Report of the King Institute of Preventive Medicine, Guindy
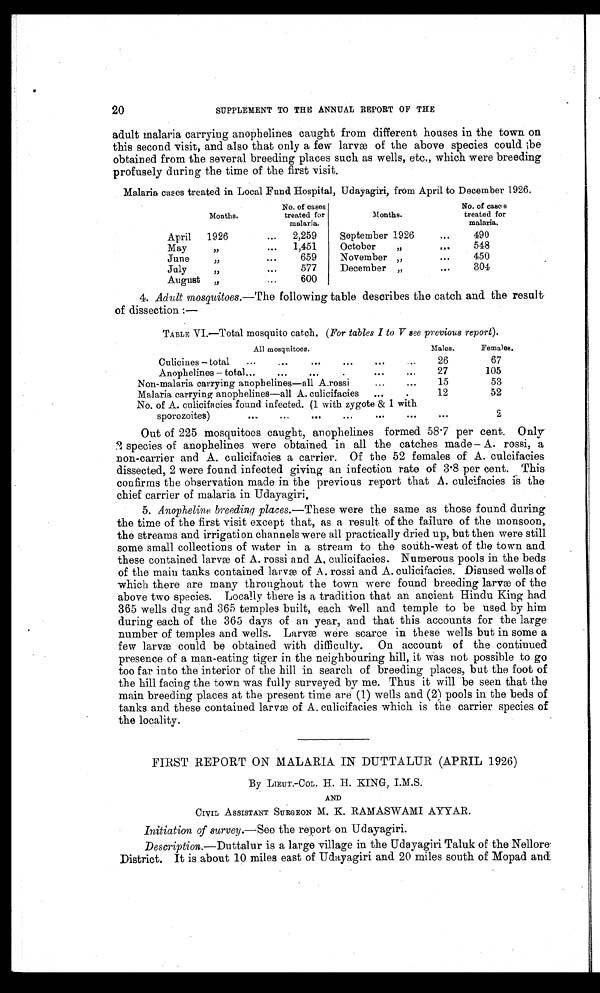
20
SUPPLEMENT TO THE ANNUAL REPORT OF THE
adult malaria carrying anophelines caught from different houses in the town on
this second visit, and also that only a few larvæ of the above species could be
obtained from the several breeding places such as wells, etc., which were breeding
profusely during the time of the first visit.
Malaria cases treated in Local Fund Hospital, Udayagiri, from April to December 1926.
M o n t h s .
No. of cases
treated for
malaria.
Months.
No. of cases
treated for
malaria.
April
1926
...
2,259
September 1926
...
490
May
"
...
1,451
October
"
...
548
June
"
...
659
November "
...
450
July
"
...
577
December
"
...
304
August
"
...
600
4. Adult mosquitoes.—The following table describes the catch and the result.
of dissection :—
TABLE VI.—Total mosquito catch. (For tables I to V s ee previous report).
All mosquitoes.
Males.
Females.
Culicines – total
...
...
...
...
. . .
26
67
Anophelines – total
...
...
... ... ...
27
105
Non-malaria carrying anophelines—all A.rossi
...
...
15
53
Malaria carrying anophelines—all A. culicifacies
...
12
52
No. of A. culicifacies found infected. (1 with zygote & 1 with
sporozoites)
...
...
...
...
...
...
. . .
2
Out of 225 mosquitoes caught, anophelines formed 58.7 per cent. Only
2 species of anophelines were obtained in all the catches made – A. rossi, a
non-carrier and A. culicifacies a carrier. Of the 52 females of A. culcifacies
dissected, 2 were found infected giving an infection rate of 3.8 per cent. This
confirms the observation made in the previous report that A. culcifacies is the
chief carrier of malaria in Udayagiri.
5. Anopheline breeding places.— These were the same as those found during
the time of the first visit except that, as a result of the failure of the monsoon,
the streams and irrigation channels were all practically dried up, but then were still
some small collections of water in a stream to the south-west of the town and
these contained larvæ of A. rossi and A. culicifacies. Numerous pools in the beds
of the main tanks contained larvæ of A. rossi and A. culicifacies. Disused wells of
which there are many throughout the town were found breeding larvæ of the
above two species. Locally there is a tradition that an ancient Hindu King had
365 wells dug and 365 temples built, each well and temple to be used by him
during each of the 365 days of an year, and that this accounts for the large
number of temples and wells. Larvæ were scarce in these wells but in some a
few larvæ could be obtained with difficulty. On account of the continued
presence of a man-eating tiger in the neighbouring hill, it was not possible to go
too far into the interior of the hill in search of breeding places, but the foot of
the hill facing the town was fully surveyed by me. Thus it will be seen that the
main breeding places at the present time are (1) wells and (2) pools in the beds of
tanks and these contained larvæ of A. culicifacies which is the carrier species of
the locality.
FIRST REPORT ON MALARIA IN DUTTALUR (APRIL 1926)
By LIEUT.-COL. H. H. KING, I.M.S.
AND
CIVIL ASSISTANT SURGEON M. K. RAMASWAMI AYYAR.
Initiation of survey.—See the report on Udayagiri.
Description.—Duttalur is a large village in the Udayagiri Taluk of the Nellore
District. It is about 10 miles east of Udayagiri and 20 miles south of Mopad and